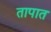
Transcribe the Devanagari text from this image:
तापात